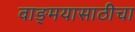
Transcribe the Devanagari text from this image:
वाङ्‌मयासाठीचा